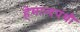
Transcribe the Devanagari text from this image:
हेमान्दपंथी